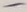
Text: -